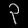
Digit: ၃